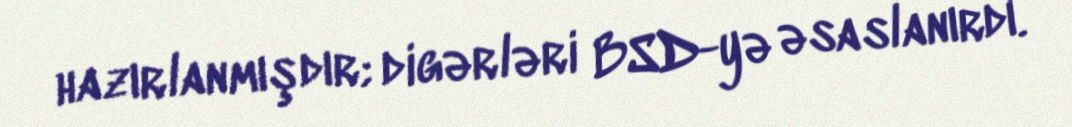
hazırlanmışdır; digərləri BSD-yə əsaslanırdı.